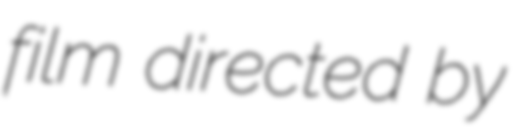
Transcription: film directed by